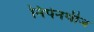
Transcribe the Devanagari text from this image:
निपेनथीज